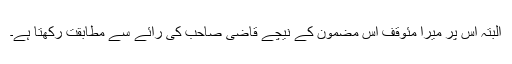
البتہ اس پر میرا مئوقف اس مضمون کے نیچے قاضی صاحب کی رائے سے مطابقت رکھتا ہے۔